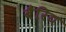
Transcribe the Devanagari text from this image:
बैरिय